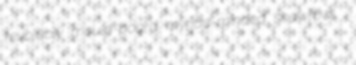
revolubly mould-board myriad-minded shawfowl